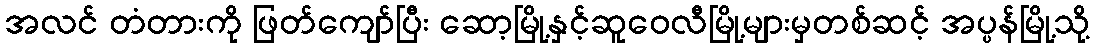
အလင် တံတားကို ဖြတ်ကျော်ပြီး ဆော့မြို့နှင့်ဆူဝေလီမြို့များမှတစ်ဆင့် အပ္ပန်မြို့သို့